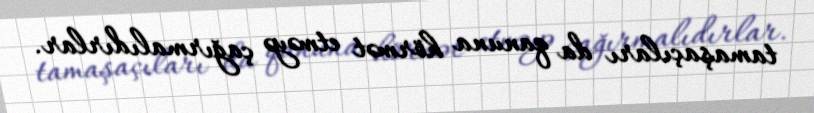
tamaşaçıları da qanuna hörmət etməyə çağırmalıdırlar.